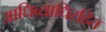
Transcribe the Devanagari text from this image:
आधिव्याधिरहित